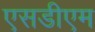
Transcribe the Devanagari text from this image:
एसडीएम